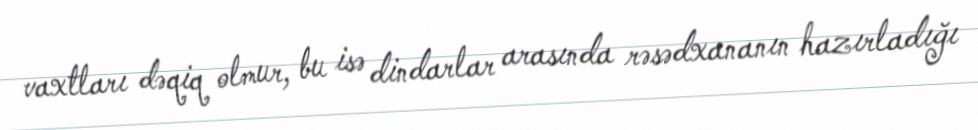
vaxtları dəqiq olmur, bu isə dindarlar arasında rəsədxananın hazırladığı